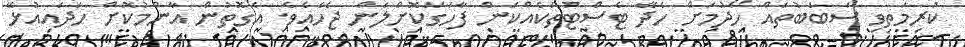
ކުރިމަތިވި ސަބަބުތައް ހޯދުމަށް ހެދޭ ޓެސްޓުތަކެއްކަން ފާހަގަކޮށްލަން ޖެހެއެވެ. އެގޮތުން އާންމުކޮށް ހަދައިއުޅޭ